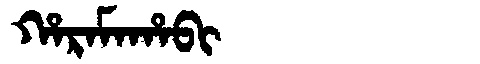
Manchu: ᡥᠠᡵᠠᠮᠠᡥᠠᠪᡳ
Romanization: HARAMAHABI